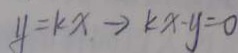
y = k x \rightarrow k x y = 0